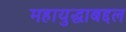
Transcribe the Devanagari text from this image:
महायुद्धाबद्दल